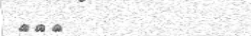
١٩٣